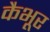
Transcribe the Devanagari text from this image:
कैभूर